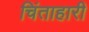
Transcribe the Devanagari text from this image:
चिंताहारी